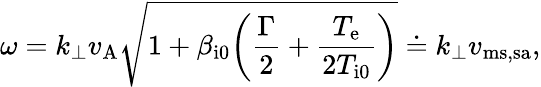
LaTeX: \omega=k_{\perp}v_{\mathrm{A}}\sqrt{1+\beta_{\mathrm{i0}}\biggl(\frac{\Gamma}{2}+\frac{T_{\mathrm{e}}}{2T_{\mathrm{i0}}}\biggr)}\doteq k_{\perp}v_{\mathrm{ms,sa}},